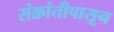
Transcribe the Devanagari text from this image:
संक्रांतीपासून